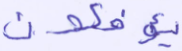
يؤفكون